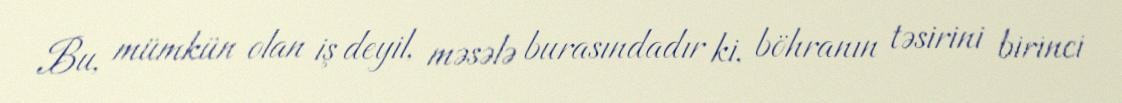
Bu, mümkün olan iş deyil, məsələ burasındadır ki, böhranın təsirini birinci